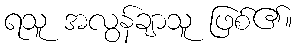
ရသူ အလွန်ချာသူ ဖြစ်၏။